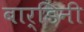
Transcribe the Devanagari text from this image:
बार्डिनी